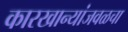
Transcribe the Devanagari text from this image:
कारखान्यांजवळचा